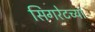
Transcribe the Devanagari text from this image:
सिगरेटच्या